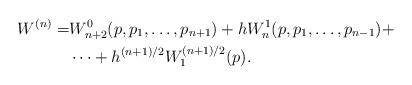
LaTeX: \begin{align*}W^{(n)}=&W^0_{n+2}(p,p_1,\dots,p_{n+1})+hW^1_{n}(p,p_1,\dots,p_{n-1})+\\&\dots +h^{(n+1)/2}W^{(n+1)/2}_1(p).\end{align*}